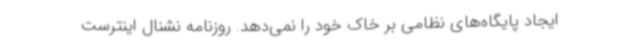
ایجاد پایگاه‌های نظامی بر خاک خود را نمی‌دهد. روزنامه نشنال اینترست